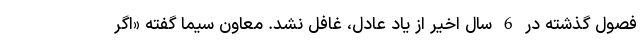
فصول گذشته در 6 سال اخیر از یاد عادل، غافل نشد. معاون سیما گفته «اگر